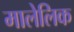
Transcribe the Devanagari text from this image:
मालेलिक